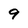
Character: 9